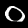
Label: 0